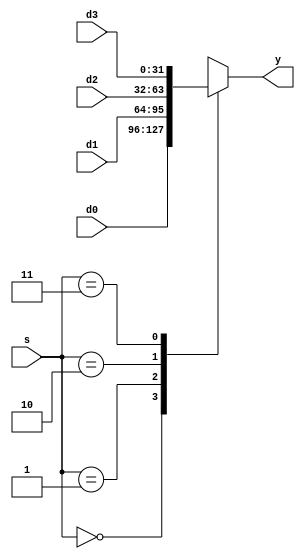
`timescale 1ns / 1ps
module TopDesignMux #(parameter WIDTH = 32) (
      input   [1:0]         s, 
      input   [WIDTH-1:0]  d0, 
      input   [WIDTH-1:0]  d1, 
      input   [WIDTH-1:0]  d2, 
      input   [WIDTH-1:0]  d3, 
      output reg [WIDTH-1:0]  y 
      );
 always@(*)
 begin
     case(s)
         2'b00:y <= d0;
         2'b01:y <= d1;
         2'b10:y <= d2;
         2'b11:y <= d3;
     endcase
 end
 endmodule